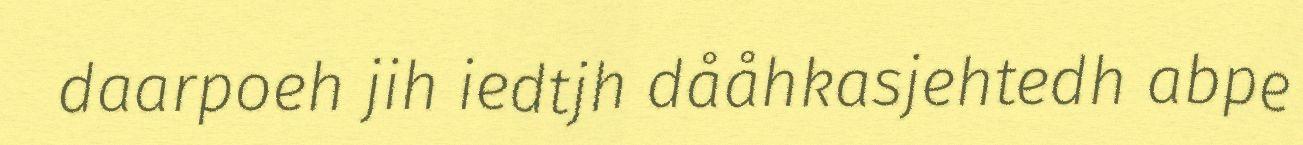
daarpoeh jih iedtjh dååhkasjehtedh abpe